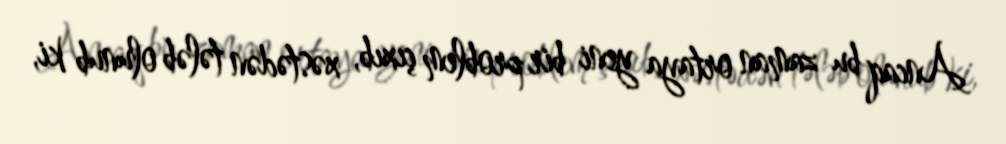
Ancaq bu zaman ortaya yeni bir problem çıxıb, xəstədən tələb olunub ki,